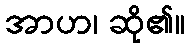
အာဟ၊ ဆို၏။